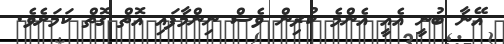
އޭނާ ބުނީ އެއީ އެންމެ ކުރިން ވެސް ނިންމާފައި އޮތް ގޮތް ކަމަށެވެ.